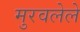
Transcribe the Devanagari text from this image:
मुरवलेले